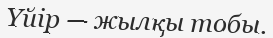
Үйір — жылқы тобы.